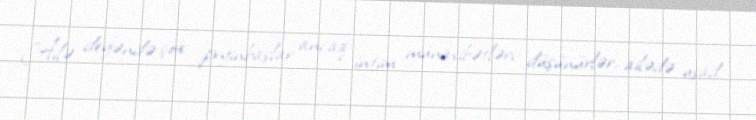
Ailə deyəndə çox peyinbaşlar ancaq intim münasibətləri düşünürlər, ailədə uşad